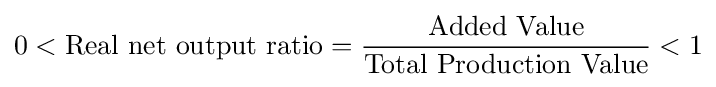
0<{\text{Real net output ratio}}={\frac {\text{Added Value}}{\text{Total Production Value}}}<1